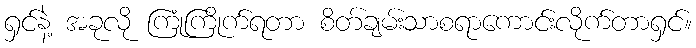
ရှင်နဲ့ အခုလို ကြုံကြိုက်ရတာ စိတ်ချမ်းသာစရာကောင်းလိုက်တာရှင်။